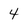
Character: 4